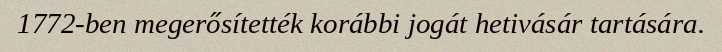
1772-ben megerősítették korábbi jogát hetivásár tartására.